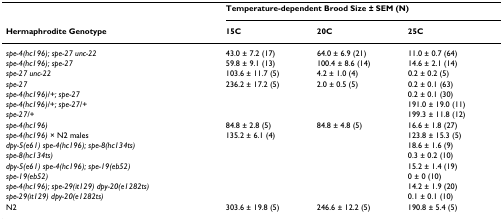
<table><thead><tr><td></td><td colspan="3"><b>Temperature-dependent Brood Size ± SEM (N)</b></td></tr><tr><td><b>Hermaphrodite Genotype</b></td><td><b>15C</b></td><td><b>20C</b></td><td><b>25C</b></td></tr></thead><tbody><tr><td><i>spe-4(hc196); spe-27 unc-22</i></td><td>43.0 ± 7.2 (17)</td><td>64.0 ± 6.9 (21)</td><td>11.0 ± 0.7 (64)</td></tr><tr><td><i>spe-4(hc196); spe-27</i></td><td>59.8 ± 9.1 (13)</td><td>100.4 ± 8.6 (14)</td><td>14.6 ± 2.1 (14)</td></tr><tr><td><i>spe-27 unc-22</i></td><td>103.6 ± 11.7 (5)</td><td>4.2 ± 1.0 (4)</td><td>0.2 ± 0.2 (5)</td></tr><tr><td><i>spe-27</i></td><td>236.2 ± 17.2 (5)</td><td>2.0 ± 0.5 (5)</td><td>0.2 ± 0.1 (63)</td></tr><tr><td><i>spe-4(hc196)/+; spe-27</i></td><td></td><td></td><td>0.2 ± 0.1 (30)</td></tr><tr><td><i>spe-4(hc196)/+; spe-27/+</i></td><td></td><td></td><td>191.0 ± 19.0 (11)</td></tr><tr><td><i>spe-27/+</i></td><td></td><td></td><td>199.3 ± 11.8 (12)</td></tr><tr><td><i>spe-4(hc196)</i></td><td>84.8 ± 2.8 (5)</td><td>84.8 ± 4.8 (5)</td><td>16.6 ± 1.8 (27)</td></tr><tr><td><i>spe-4(hc196) </i>× N2 males</td><td>135.2 ± 6.1 (4)</td><td></td><td>123.8 ± 15.3 (5)</td></tr><tr><td><i>dpy-5(e61) spe-4(hc196); spe-8(hc134ts)</i></td><td></td><td></td><td>18.6 ± 1.6 (9)</td></tr><tr><td><i>spe-8(hc134ts)</i></td><td></td><td></td><td>0.3 ± 0.2 (10)</td></tr><tr><td><i>dpy-5(e61) spe-4(hc196); spe-19(eb52)</i></td><td></td><td></td><td>15.2 ± 1.4 (19)</td></tr><tr><td><i>spe-19(eb52)</i></td><td></td><td></td><td>0 ± 0 (10)</td></tr><tr><td><i>spe-4(hc196); spe-29(it129) dpy-20(e1282ts)</i></td><td></td><td></td><td>14.2 ± 1.9 (20)</td></tr><tr><td><i>spe-29(it129) dpy-20(e1282ts)</i></td><td></td><td></td><td>0.1 ± 0.1 (10)</td></tr><tr><td>N2</td><td>303.6 ± 19.8 (5)</td><td>246.6 ± 12.2 (5)</td><td>190.8 ± 5.4 (5)</td></tr></tbody></table>